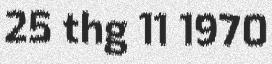
25 thg 11 1970